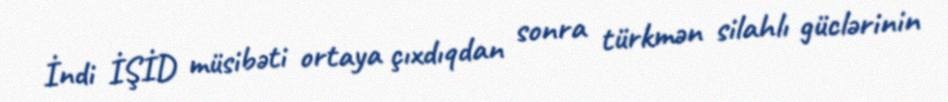
İndi İŞİD müsibəti ortaya çıxdıqdan sonra türkmən silahlı güclərinin